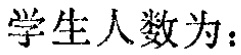
学生人数为：